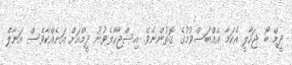
ދީމް ބޯ ޖަހާލީ އެކަމާ އެއްބަސްވުމުގެ ގޮތުންނެވެ. އިސްޖާހާލެވުނު ދީމްއަށް އަނެއްކާވެސް އަނާލް